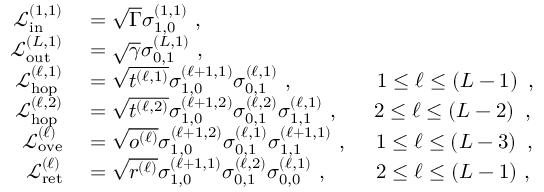
\begin{array} { r l } { \mathcal { L } _ { \mathrm { i n } } ^ { ( 1 , 1 ) } } & { { } = \sqrt { \Gamma } \sigma _ { 1 , 0 } ^ { ( 1 , 1 ) } \, \, , } \\ { \mathcal { L } _ { \mathrm { o u t } } ^ { ( L , 1 ) } } & { { } = \sqrt { \gamma } \sigma _ { 0 , 1 } ^ { ( L , 1 ) } \, \, , } \\ { \mathcal { L } _ { \mathrm { h o p } } ^ { ( \ell , 1 ) } } & { { } = \sqrt { t ^ { ( \ell , 1 ) } } \sigma _ { 1 , 0 } ^ { ( \ell + 1 , 1 ) } \sigma _ { 0 , 1 } ^ { ( \ell , 1 ) } \, \, , \ \ \ \ \ \ \ \ \ \ \ \ 1 \le \ell \le \left( L - 1 \right) \, \, , } \\ { \mathcal { L } _ { \mathrm { h o p } } ^ { ( \ell , 2 ) } } & { { } = \sqrt { t ^ { ( \ell , 2 ) } } \sigma _ { 1 , 0 } ^ { ( \ell + 1 , 2 ) } \sigma _ { 0 , 1 } ^ { ( \ell , 2 ) } \sigma _ { 1 , 1 } ^ { ( \ell , 1 ) } \, \, , \ \ \ \ \ 2 \le \ell \le \left( L - 2 \right) \, \, , } \\ { \mathcal { L } _ { \mathrm { o v e } } ^ { ( \ell ) } } & { { } = \sqrt { o ^ { ( \ell ) } } \sigma _ { 1 , 0 } ^ { ( \ell + 1 , 2 ) } \sigma _ { 0 , 1 } ^ { ( \ell , 1 ) } \sigma _ { 1 , 1 } ^ { ( \ell + 1 , 1 ) } \, \, , \ \ \ \ 1 \le \ell \le \left( L - 3 \right) \, \, , } \\ { \mathcal { L } _ { \mathrm { r e t } } ^ { ( \ell ) } } & { { } = \sqrt { r ^ { ( \ell ) } } \sigma _ { 1 , 0 } ^ { ( \ell + 1 , 1 ) } \sigma _ { 0 , 1 } ^ { ( \ell , 2 ) } \sigma _ { 0 , 0 } ^ { ( \ell , 1 ) } \, \, , \ \ \ \ \ \ \ 2 \le \ell \le \left( L - 1 \right) \, , } \end{array}